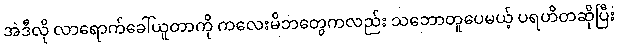
အဲဒီလို လာရောက်ခေါ်ယူတာကို ကလေးမိဘတွေကလည်း သဘောတူပေမယ့် ပရဟိတဆိုပြီး